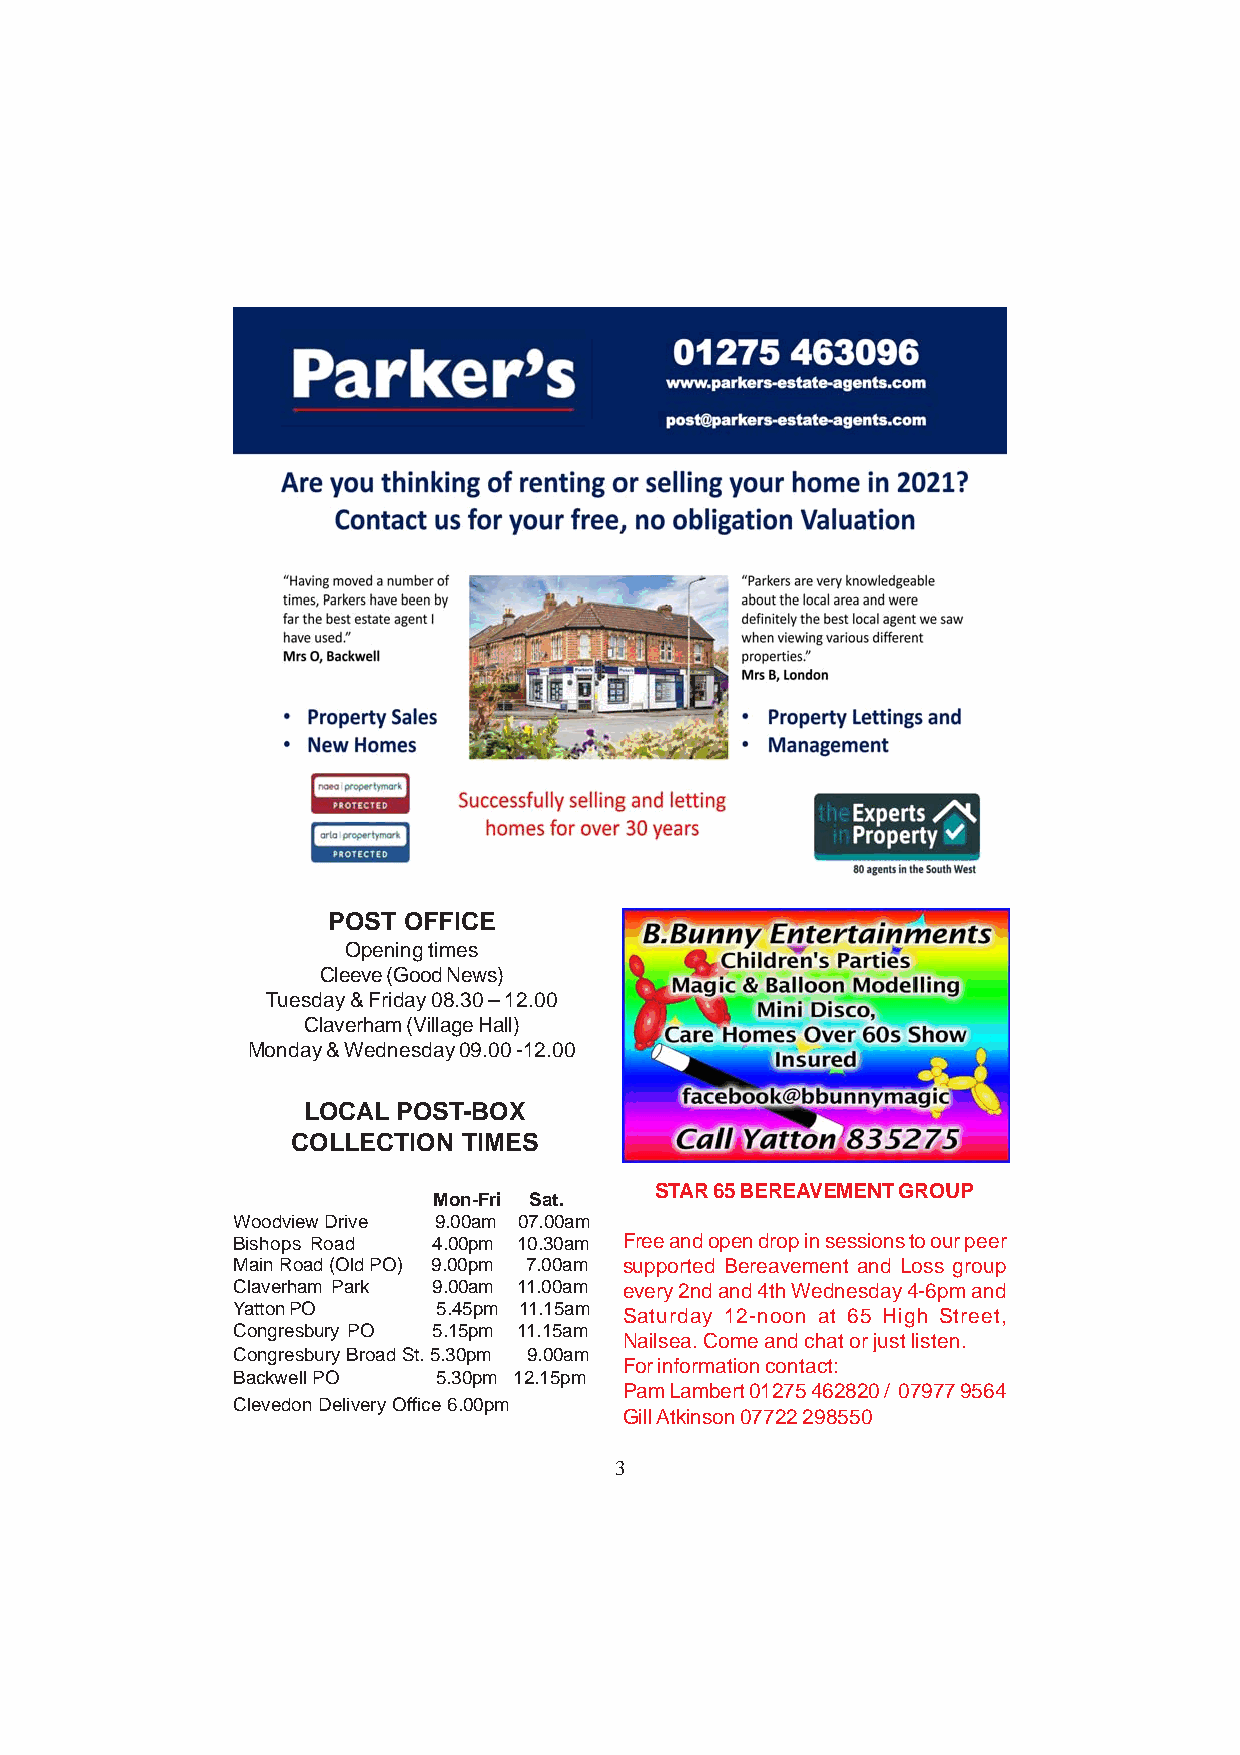
POST OFFICE
 Opening times
 Cleeve (Good News)
 Tuesday & Friday 08.30 – 12.00
 Claverham (Village Hall)
 Monday & Wednesday 09.00 -12.00
 LOCAL POST-BOX
 COLLECTION  TIMES
 STAR 65 BEREAVEMENT GROUP
 Mon-Fri Sat.
 Woodview Drive 9.00am 07.00am
 Bishops Road  4.00pm 10.30am Free and open drop in sessions to our peer
 Main Road (Old PO) 9.00pm 7.00am supported Bereavement and Loss group
 Claverham Park 9.00am 11.00am every 2nd and 4th Wednesday 4-6pm and
 Yatton PO     5.45pm 11.15am
 Saturday 12-noon at 65 High Street,
 Congresbury PO 5.15pm 11.15am
 Nailsea. Come and chat or just listen.
 Congresbury Broad St. 5.30pm 9.00am
 For information contact:
 Backwell PO   5.30pm 12.15pm
 Pam Lambert 01275 462820 / 07977 9564
 Clevedon Delivery Office 6.00pm
 Gill Atkinson 07722 298550
 3